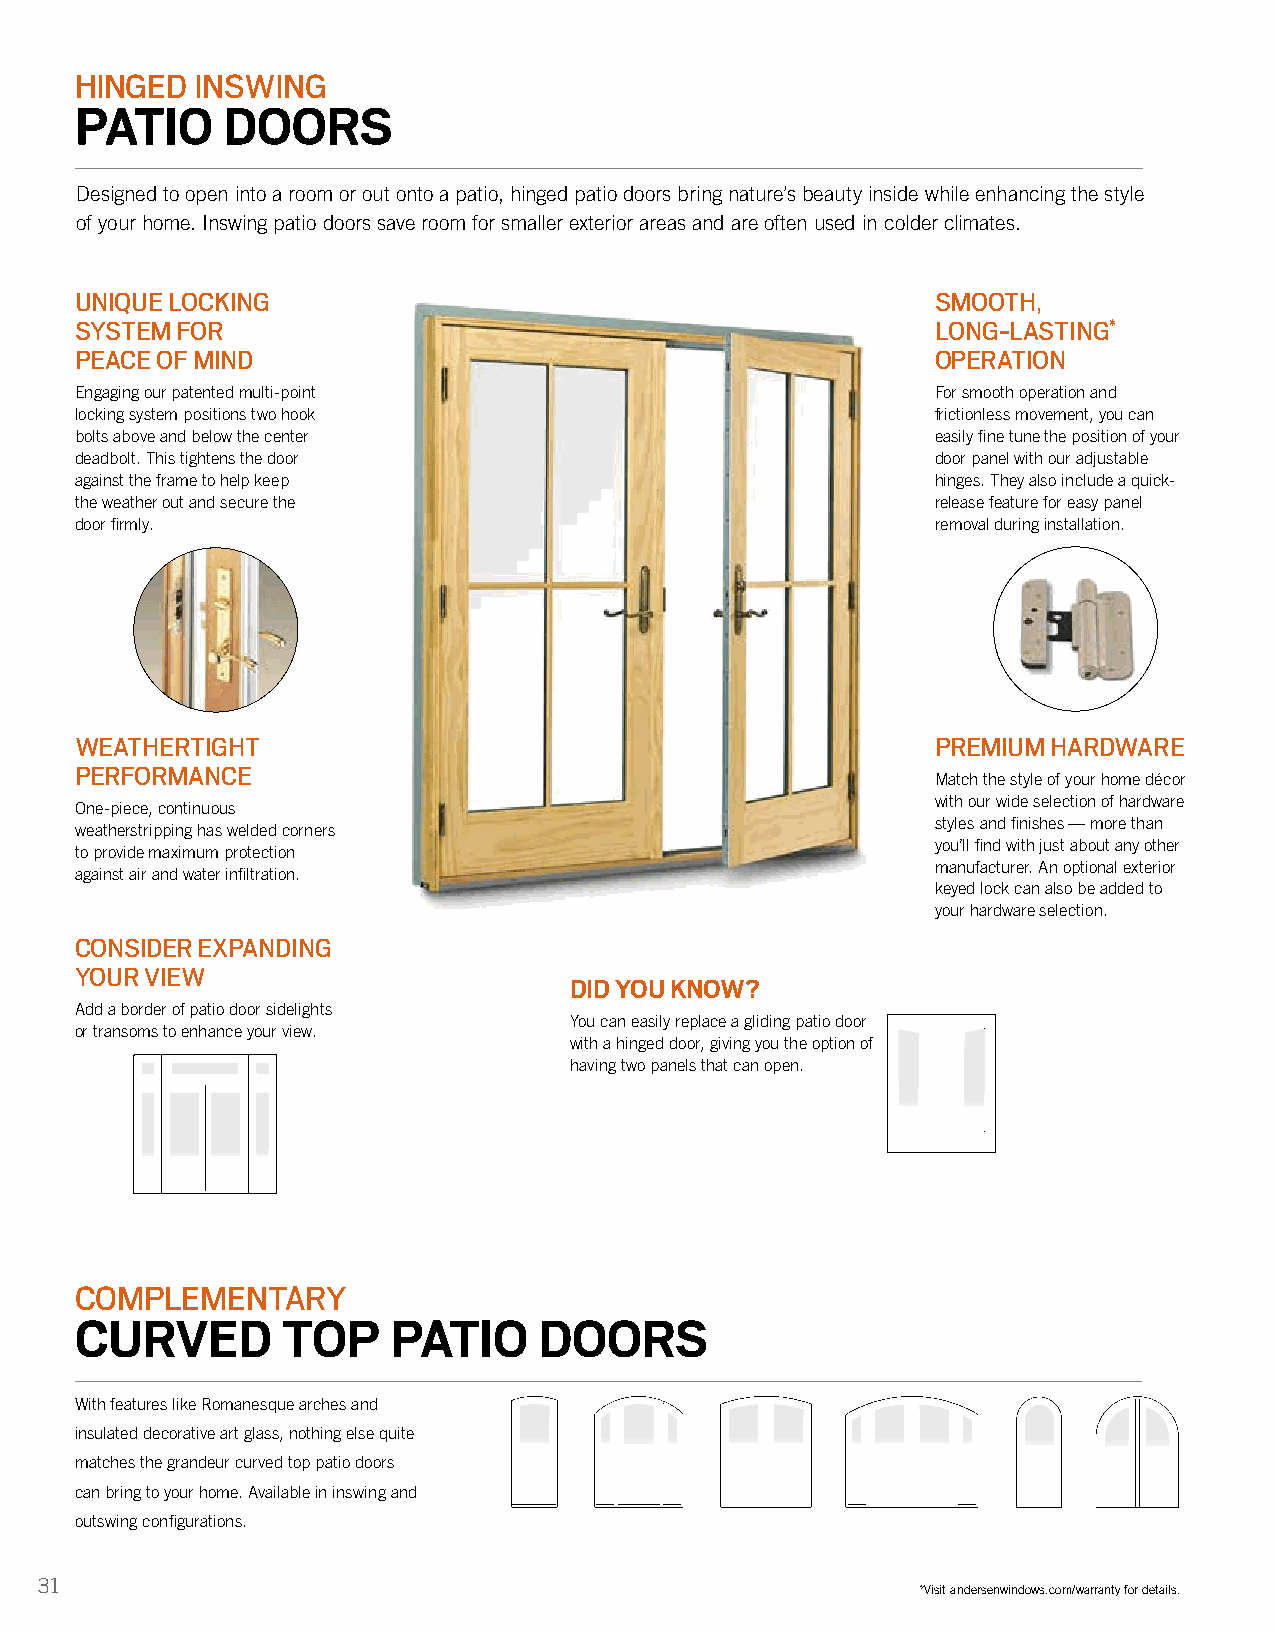
HINGED  INSWING
 PATIO     DOORS
 Designed to open into a room or out onto a patio, hinged patio doors bring nature’s beauty inside while enhancing the style
 of your home. Inswing patio doors save room for smaller exterior areas and are often used in colder climates.
 UNIQUE LOCKING                                           SMOOTH,
 SYSTEM FOR                                               LONG-LASTING*
 PEACE OF MIND                                            OPERATION
 Engaging our patented multi-point                        For smooth operation and
 locking system positions two hook                        frictionless movement, you can
 bolts above and below the center                         easily fine tune the position of your
 deadbolt. This tightens the door                         door panel with our adjustable
 against the frame to help keep                           hinges. They also include a quick-
 the weather out and secure the                           release feature for easy panel
 door firmly.                                             removal during installation.
 WEATHERTIGHT                                             PREMIUM HARDWARE
 PERFORMANCE
 Match the style of your home décor
 with our wide selection of hardware
 One-piece, continuous
 styles and finishes — more than
 weatherstripping has welded corners
 you’ll find with just about any other
 to provide maximum protection
 manufacturer. An optional exterior
 against air and water infiltration.
 keyed lock can also be added to
 your hardware selection.
 CONSIDER EXPANDING
 YOUR VIEW
 DID YOU KNOW?
 Add a border of patio door sidelights
 You can easily replace a gliding patio door
 or transoms to enhance your view.
 with a hinged door, giving you the option of
 having two panels that can open.
 COMPLEMENTARY
 CURVED        TOP    PATIO     DOORS
 With features like Romanesque arches and
 insulated decorative art glass, nothing else quite
 matches the grandeur curved top patio doors
 can bring to your home. Available in inswing and
 outswing configurations.
 31
 *Visit andersenwindows.com/warranty for details.